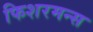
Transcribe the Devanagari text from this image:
फिशरमन्स